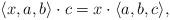
LaTeX: \begin{align*}\langle x, a, b \rangle \cdot c = x \cdot \langle a, b, c \rangle,\end{align*}